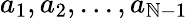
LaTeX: a_{1},a_{2},...,a_{\mathbb{N}-1}